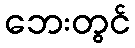
ဘေးတွင်